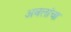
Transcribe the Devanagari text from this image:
अबलांचा